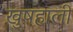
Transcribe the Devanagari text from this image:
ख़ुषहाली